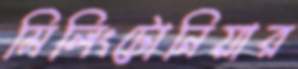
মিলিংটোনিয়ার